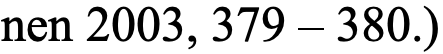
nen 2003, 379 – 380.)